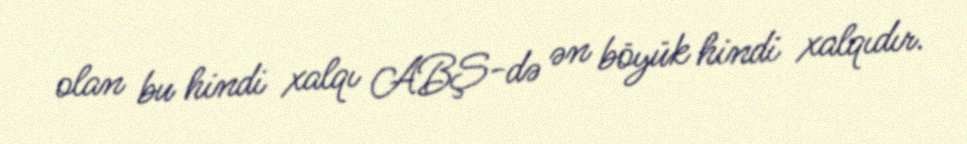
olan bu hindi xalqı ABŞ-də ən böyük hindi xalqıdır.